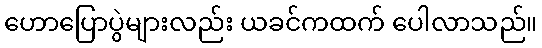
ဟောပြောပွဲများလည်း ယခင်ကထက် ပေါလာသည်။